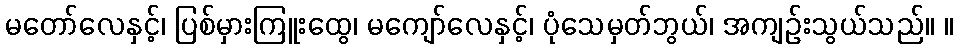
မတော်လေနှင့်၊ ပြစ်မှားကြူးထွေ၊ မကျော်လေနှင့်၊ ပုံသေမှတ်ဘွယ်၊ အကျဉ်းသွယ်သည်။ ။